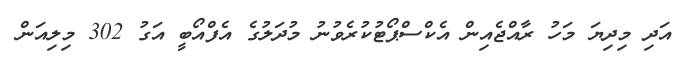
އަދި މިދިޔަ މަހު ރާއްޖެއިން އެކްސްޕޯޓުކުރެވުނު މުދަލުގެ އެފްއޯބީ އަގު 302 މިލިއަން